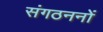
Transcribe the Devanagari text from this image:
संगठननों